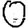
Digit: 0